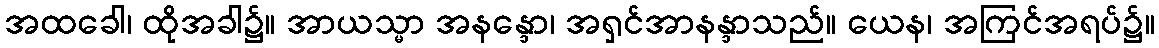
အထခေါ၊ ထိုအခါ၌။ အာယသ္မာ အနန္ဒော၊ အရှင်အာနန္ဒာသည်။ ယေန၊ အကြင်အရပ်၌။